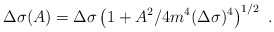
\begin{align*}\Delta\sigma(A)= \Delta\sigma \left(1+ A^2/4m^4(\Delta\sigma)^4\right)^{1/2}\ .\end{align*}